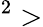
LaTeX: ^2>